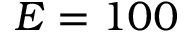
E = 1 0 0